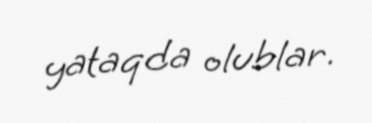
yataqda olublar.